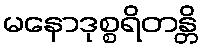
မနောဒုစ္စရိတန္တိ